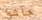
جاشوا